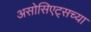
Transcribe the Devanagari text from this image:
असोसिएट्सच्या